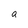
Character: a